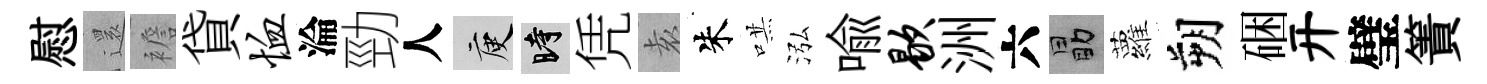
慰𮟃襜貸恤淪勁人庾时凭𡊮朱哄泓喩歇洲六勗蘿朔硱开璧簀